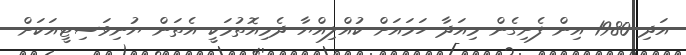
އަދި 1980 އިން ފެށިގެން މިއަދާ ހަމައަށް ކުއްލިއްޔާ ދެމިއޮތުމަކީ އެތަން ޔުނިވަސިޓީއަކަށް